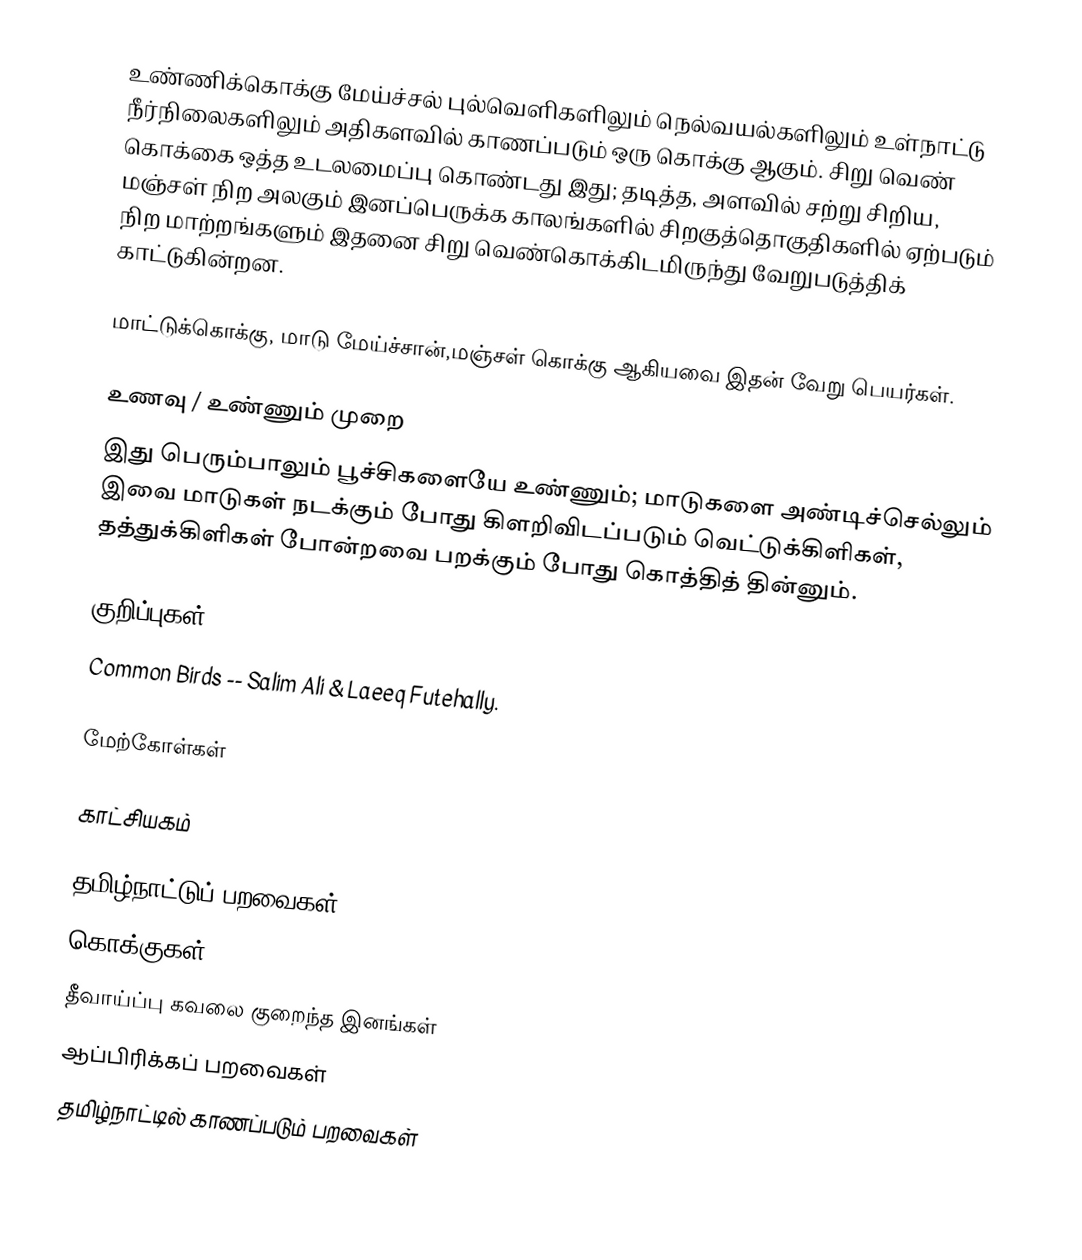
உண்ணிக்கொக்கு மேய்ச்சல் புல்வெளிகளிலும் நெல்வயல்களிலும் உள்நாட்டு நீர்நிலைகளிலும் அதிகளவில் காணப்படும் ஒரு கொக்கு ஆகும். சிறு வெண் கொக்கை ஒத்த உடலமைப்பு கொண்டது இது; தடித்த, அளவில் சற்று சிறிய, மஞ்சள் நிற அலகும் இனப்பெருக்க காலங்களில் சிறகுத்தொகுதிகளில் ஏற்படும் நிற மாற்றங்களும் இதனை சிறு வெண்கொக்கிடமிருந்து வேறுபடுத்திக் காட்டுகின்றன.

மாட்டுக்கொக்கு, மாடு மேய்ச்சான்,மஞ்சள் கொக்கு ஆகியவை இதன் வேறு பெயர்கள்.

உணவு / உண்ணும் முறை
இது பெரும்பாலும் பூச்சிகளையே உண்ணும்; மாடுகளை அண்டிச்செல்லும் இவை மாடுகள் நடக்கும் போது கிளறிவிடப்படும் வெட்டுக்கிளிகள், தத்துக்கிளிகள் போன்றவை பறக்கும் போது கொத்தித் தின்னும்.

குறிப்புகள்
 Common Birds -- Salim Ali & Laeeq Futehally.

மேற்கோள்கள்

காட்சியகம்

தமிழ்நாட்டுப் பறவைகள்
கொக்குகள்
தீவாய்ப்பு கவலை குறைந்த இனங்கள்
ஆப்பிரிக்கப் பறவைகள்
தமிழ்நாட்டில் காணப்படும் பறவைகள்